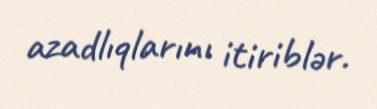
azadlıqlarını itiriblər.